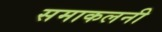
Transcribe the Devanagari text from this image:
समाकलनी